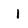
Character: I